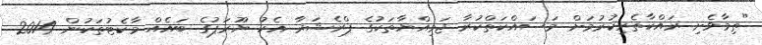
"ތިމާވެށި ރައްކާތެރިކުރުމަށް މަސައްކަތްކުރާ ޖަމިއްޔާތަކުގެ ޕްރެޝަރާ އެކު ޔޫރަޕުގެ ބައެއް މާކެޓުތަކުން 2014